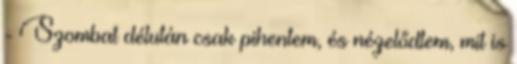
- Szombat délután csak pihentem, és nézelődtem, mit is